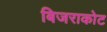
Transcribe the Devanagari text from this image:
बिजराकोट